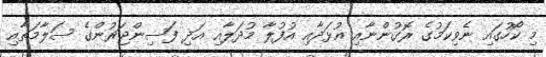
މި ކޯހުގައި ނެވިކަމުގެ ރޮގުންނާއި އުޅަދާއި އުފުލާ މުދަލާއި އަދި ފަސިންޖަރުންގެ ސަލާމަތާއި